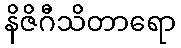
နိဇိဂီသိတာရော